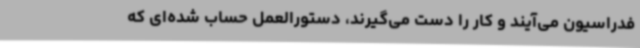
فدراسیون می‌آیند و کار را دست می‌گیرند، دستورالعمل حساب شده‌ای که